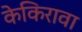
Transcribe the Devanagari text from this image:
केकिरावा